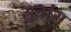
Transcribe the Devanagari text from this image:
सूत्रांस